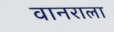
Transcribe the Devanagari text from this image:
वानराला